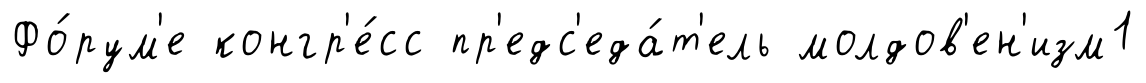
Фо́рум'е конгр'е́сс пр'едс'еда́т'ель молдов'ен'изм1